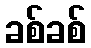
ခစ်ခစ်